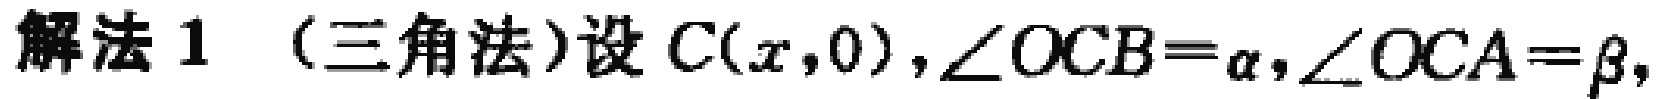
解法 1 （三角法）设 \(C(x,0),\angle OCB = \alpha,\angle OCA=\beta,\)